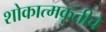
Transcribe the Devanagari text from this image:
शोकात्मकृतीचे